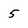
Character: 5